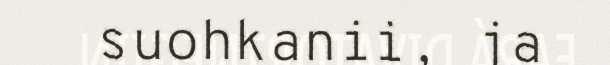
suohkanii, ja